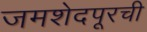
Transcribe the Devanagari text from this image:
जमशेदपूरची